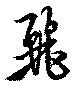
麗